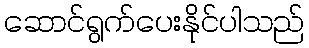
ဆောင်ရွက်ပေးနိုင်ပါသည်